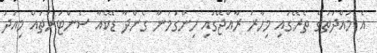
އެ މުއްދަތުގެ ތެރޭގައި މިހާރު ރާއްޖޭގައި ހިންގަމުން ގެންދާ ޑޭކެއާ ސެންޓަރުތައް މިއަދު